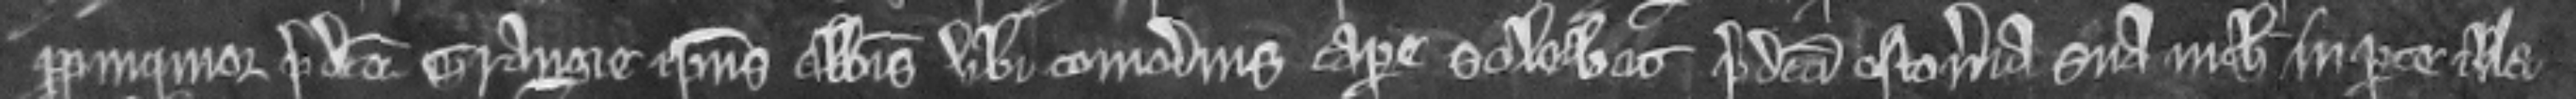
propinquior predicte grangie ipsius Abbatis ubi comodius capere solebat predicta estoveria sua nichil in parte illa